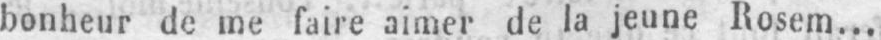
bonheur de me faire aimer de la jeune Rosem...